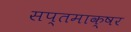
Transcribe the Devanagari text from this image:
सप्तमाक्षर